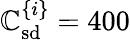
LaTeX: \mathbb{C}_{\mathrm{{sd}}}^{\{ i\} }=400